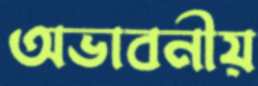
অভাবনীয়